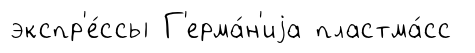
экспр'е́ссы Г'ерма́н'иjа пластма́сс